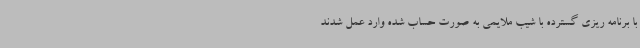
با برنامه ریزی گسترده با شیب ملایمی به صورت حساب شده وارد عمل شدند